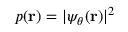
p ( \mathbf { r } ) = | \psi _ { \theta } ( \mathbf { r } ) | ^ { 2 }